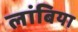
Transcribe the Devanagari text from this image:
लांबिया